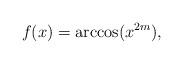
LaTeX: \begin{align*}f(x) = \arccos(x^{2m}),\end{align*}